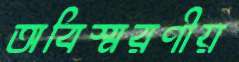
অবিস্মরণীয়